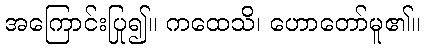
အကြောင်းပြု၍။ ကထေသိ၊ ဟောတော်မူ၏။